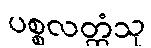
ပစ္စလတ္ထံသု